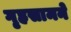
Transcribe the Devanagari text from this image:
गृहसामने